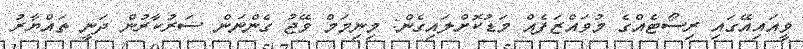
ވީއައިއޭގައި ރިސޯޓެއްގެ މުވައްޒަފެއް މަޑުކޮށްލައިގެން: މިނިމަމް ވޭޖު ގެންނަން ސަރުކާރުން ދަނީ ތައްޔާރު